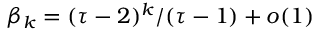
\beta _ { k } = ( \tau - 2 ) ^ { k } / ( \tau - 1 ) + o ( 1 )